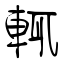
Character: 輒